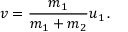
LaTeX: v = { \frac { m _ { 1 } } { m _ { 1 } + m _ { 2 } } } u _ { 1 } \, .